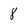
Character: 8